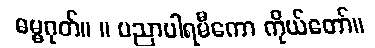
ဓမ္မဂုတ်။ ။ ပညာပါရမီကော ကိုယ်တော်။